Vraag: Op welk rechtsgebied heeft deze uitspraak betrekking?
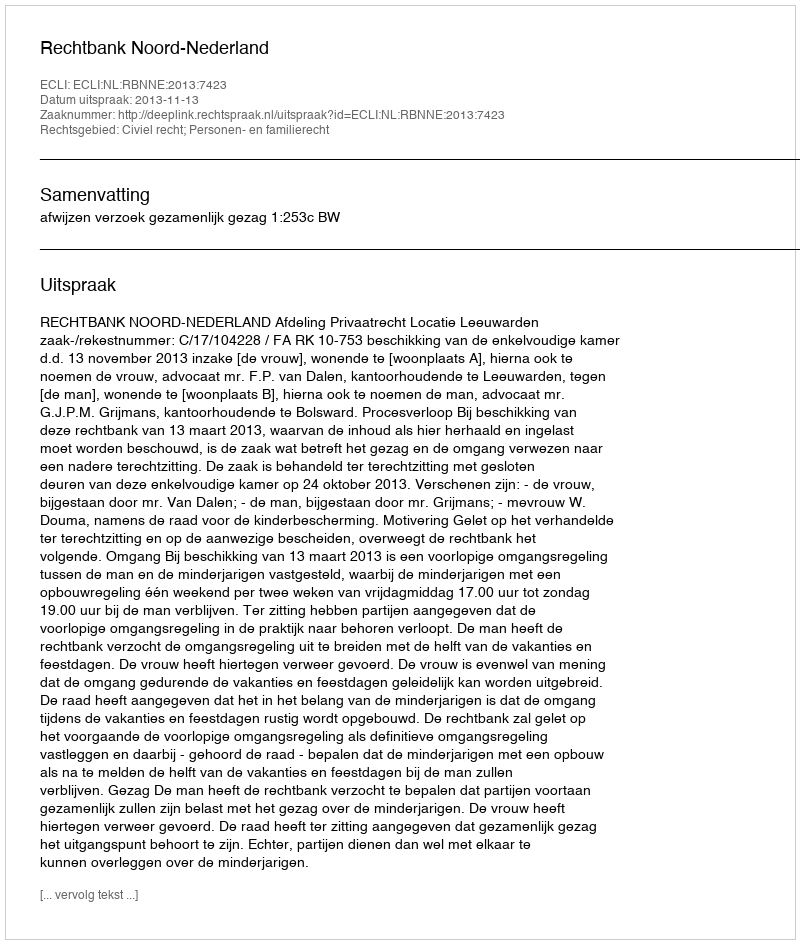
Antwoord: Civiel recht; Personen- en familierecht